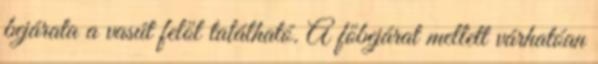
bejárata a vasút felől található. A főbejárat mellett várhatóan